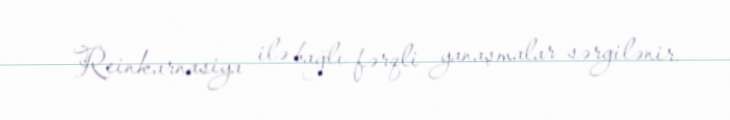
Reinkarnasiya ilə bağlı fərqli yanaşmalar sərgilənir.